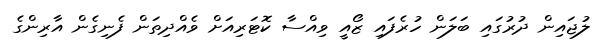
ލުޖައިން ދުރުގައި ބަލަން ހުރެފައި ޒޯއީ ވިއްސާ ކޮޓަރިއަށް ވެއްދިތަން ފެނިގެން އާރިންގެ